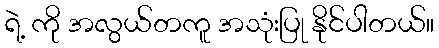
ရဲ့ ကို အလွယ်တကူ အသုံးပြု နိုင်ပါတယ်။